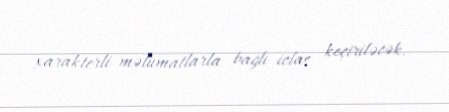
xarakterli məlumatlarla bağlı iclas keçiriləcək.